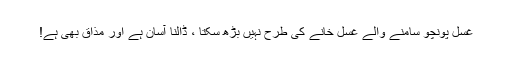
غسل پونچو سامنے والے غسل خانے کی طرح نہیں بڑھ سکتا ، ڈالنا آسان ہے اور مذاق بھی ہے!